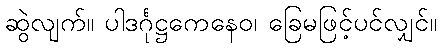
ဆွဲလျက်။ ပါဒင်္ဂုဋ္ဌကေနေဝ၊ ခြေမဖြင့်ပင်လျှင်။